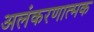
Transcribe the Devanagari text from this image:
अलंकरणात्मक